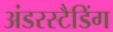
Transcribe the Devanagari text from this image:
अंडरस्टैडिंग